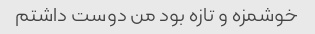
خوشمزه و تازه بود من دوست داشتم